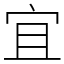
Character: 宜